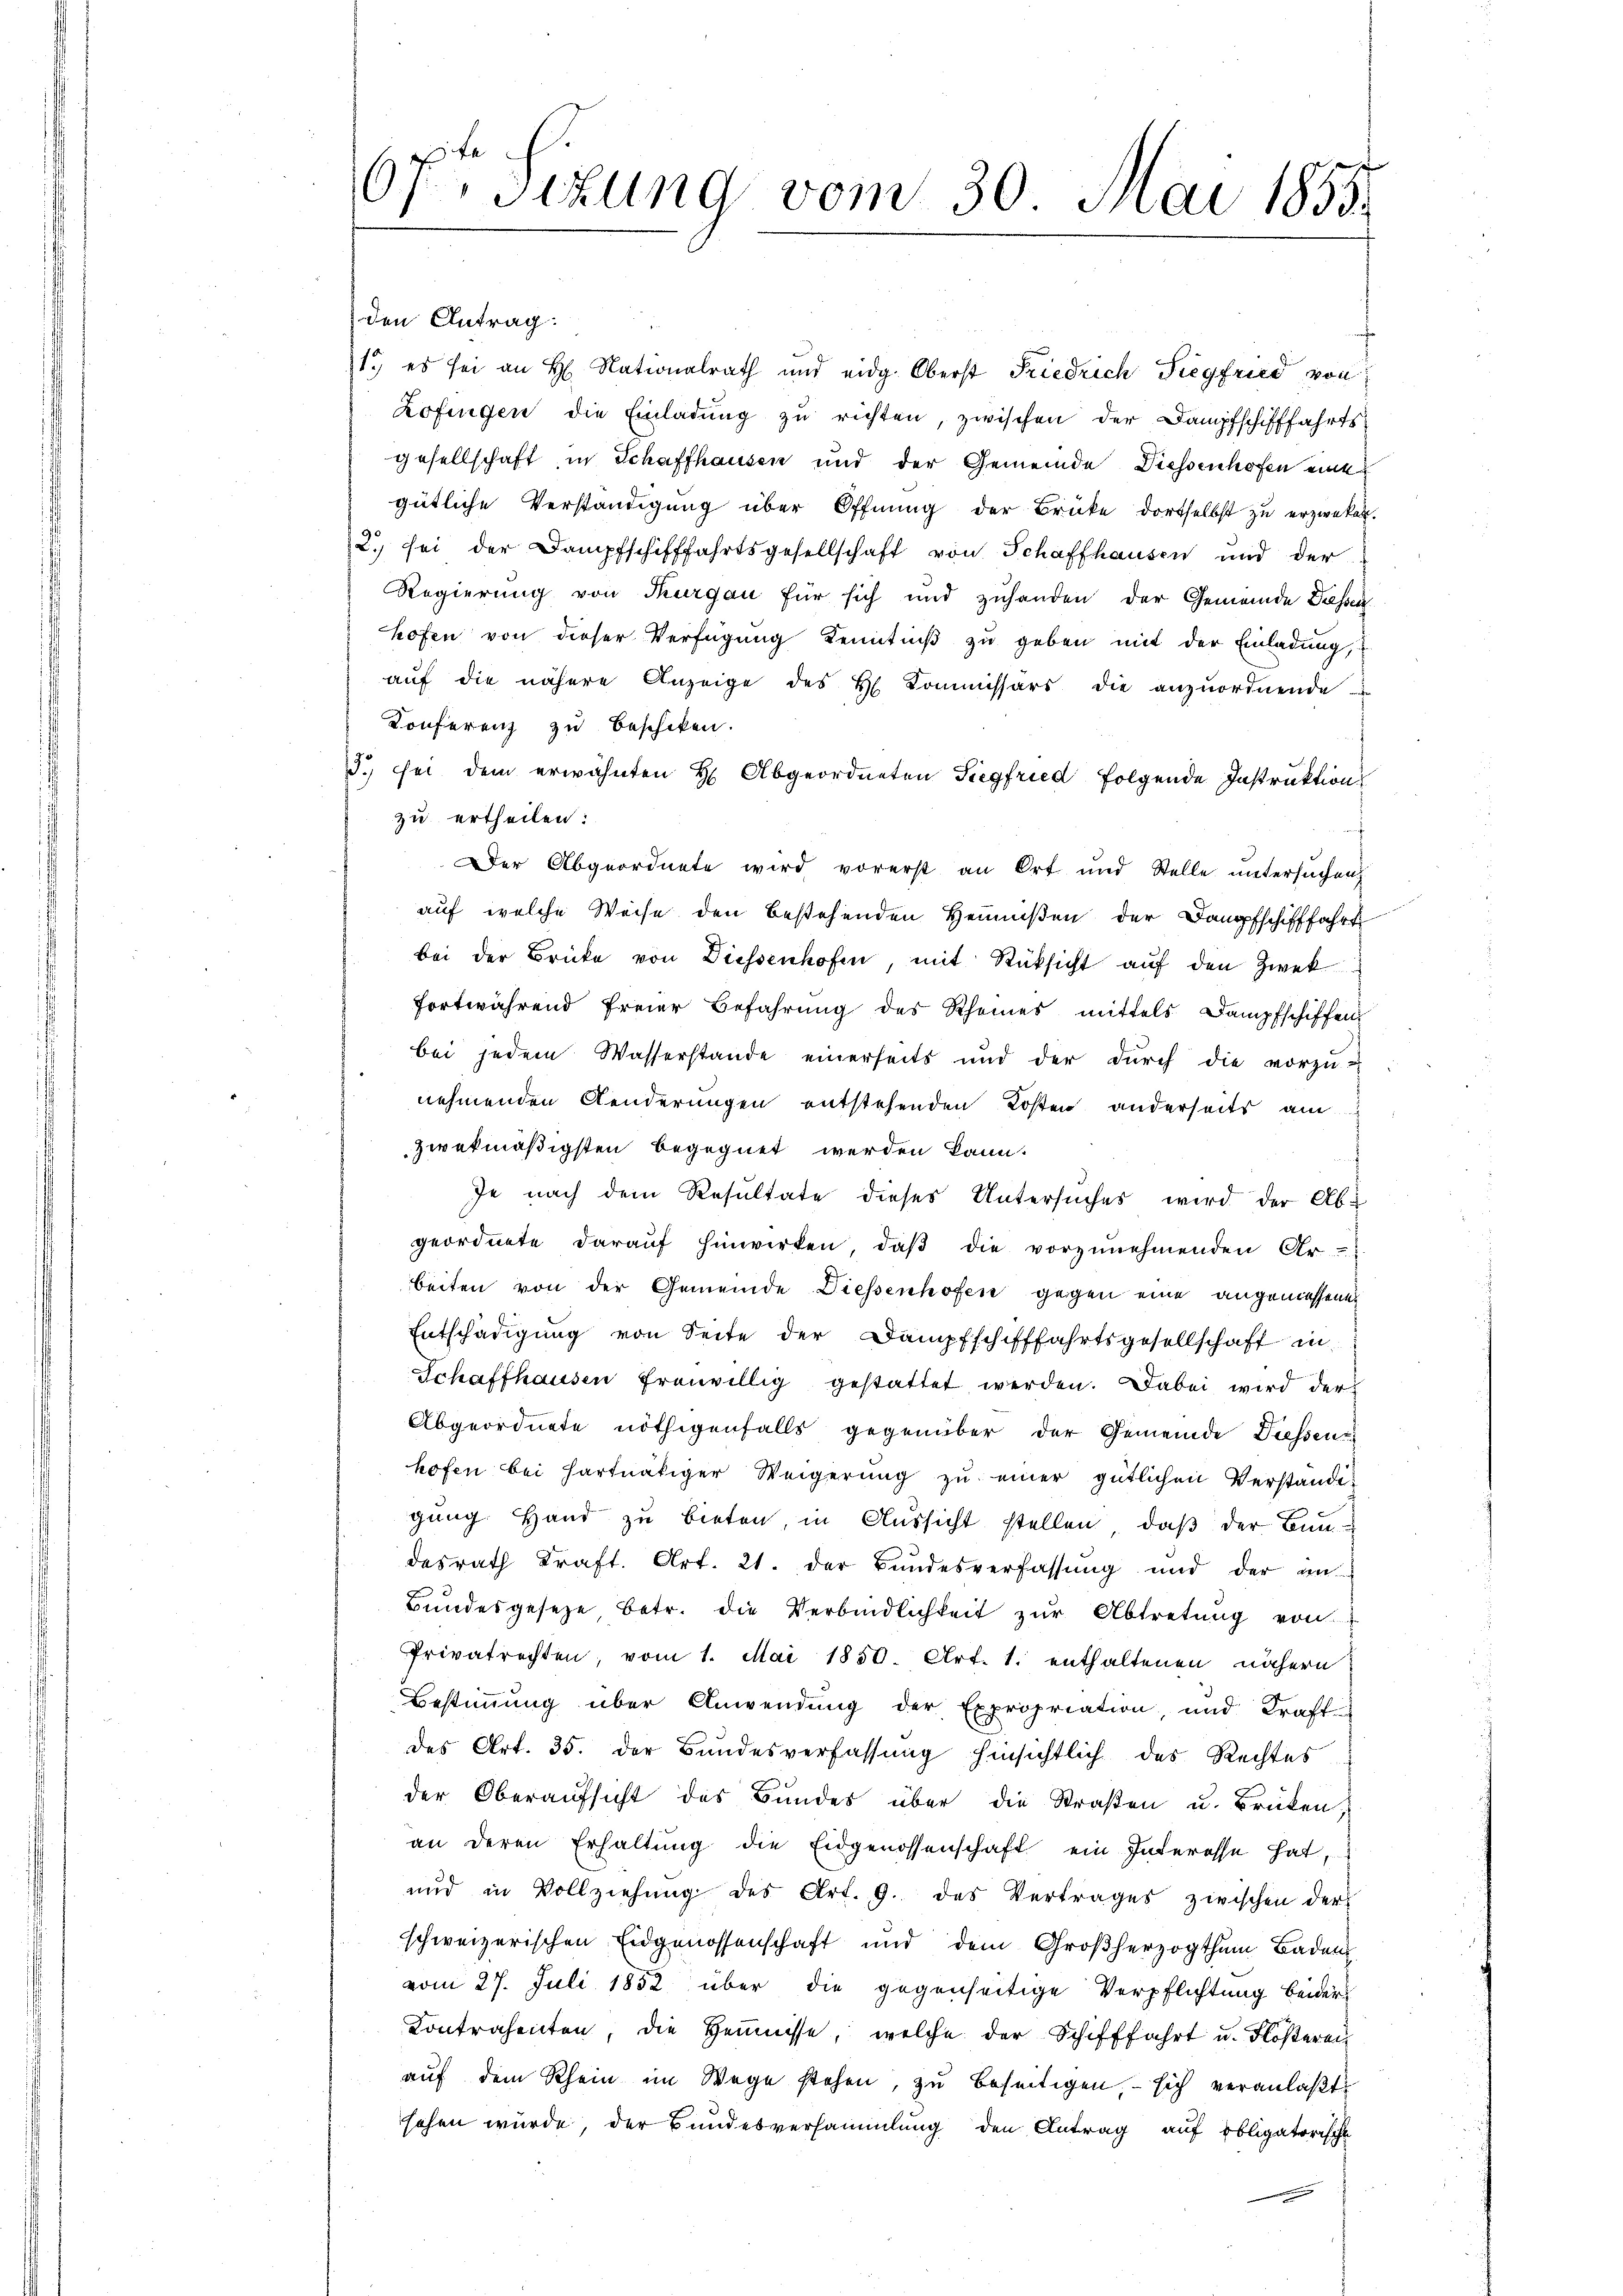
07t Sizung vom 30. Mai 1855.

den Antrag:
1.) es sei an H. Nationalrath und eidg. Oberst Friedrich Siegfried von
Lofingen die Einladung zu richten, zwischen der Dampfschifffahrtsgesellschaft, in Schaffhausen und der Gemeinde Diessenhofen eine
gütliche Verständigung über Öffnung der Brüke dortselbst zu erzwekel.
2. sei der Dampfschifffahrtsgesellschaft von Schaffhausen und der
Regierung von Thurgau für sich und zuhanden der Gemeinde Jahren
hofen von dieser Verfügung Kenntniß zu geben mit der Einladung,
auf die nähere Anzeige des H. Kommissärs die anzuordnende
Konferenz zu beschiken.
.) sei dem erwähnten H. Abgeordneten Siegfried folgende Instruktion
zu ertheilen:
Der Abgeordnete wird vorerst an Ort und Stelle untersuchen,
auf welche Weise den bestehenden Heimsen der Dampfschifffahrt
bei der Brücke von Diessenhofen, mit Rücksicht auf den Zwek
fortwährend freier Befahrung des Rheines mittels Dampfschiffen
bei jedem Wasserstande einerseits und der dŭrch die vorzŭ-
nehmenden Aenderungen entstehenden Kosten anderseits am
zwekmäßigsten begegnet werden kann.
Je nach dem Resultate dieses Untersuches wird der Abgeordnete daraŭf hinwirken, daβ die vorzŭnehmenden Ar-
beiten von der Gemeinde Diessenhofen gegen eine angemessenen
Entschädigung von Seite der Dampfschifffahrtsgesellschaft in
Schaffhausen freiwillig gestattet werden. Dabei wird der
Abgeordnete nöthigenfalls gegenüber der Gemeinde Diessenz
hofen bei hartnätiger Weigerung zu einer gütlichen Verstande
gung Hand zu bieten in Aussicht stellen, daß der Bun-
desrath Kraft. Art. 21. der Bundesverfassung und der an
Bundesgesetze betr. die Verbindlichkeit zŭr Abtretung von
Privatrechten, vom 1. Mai 1850. Art. 1. enthaltenen nähern
Bestimmung über Anwendung der Expropriation, und Kraft
des Art. 35. der Bundesverfassung hinsichtlich des Rechtes
der Oberaufsicht des Bundes über die Straßen u. Brüken,
an deren Erhaltung die Eidgenossenschaft ein Interesse hat,
und in Vollziehung des Art. 9. des Vertrages zwischen der
schweizerischen Eidgenossenschaft und dem Großherzogthum Baden
vom 27. Juli 1852 über die gegenseitige Verpflichtung beider
Kontrahenten, die Hennisse, welche der Schifffahrt u. Flößeren
auf dem Rhein im Wege stehen, zu beseitigen, – sich veranlaßt
sehen würde, der Bundesversammlung den Antrag auf Obligatorische